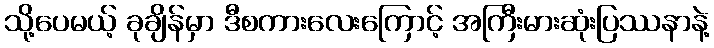
သို့ပေမယ့် ခုချိန်မှာ ဒီစကားလေးကြောင့် အကြီးမားဆုံးပြဿနာနဲ့